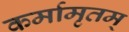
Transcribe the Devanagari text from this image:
कर्मामृतम्